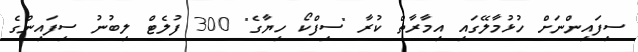
ސިފައިންނަށް ހުޅުމާލޭގައި އިމާރާތް ކުރާ "ސިފްކޯ ހިޔާގެ" 300 ފުލެޓް ލިބުނު ސިފައިންގެ